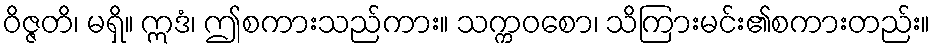
ဝိဇ္ဇတိ၊ မရှိ။ ဣဒံ၊ ဤစကားသည်ကား။ သက္ကဝစော၊ သိကြားမင်း၏စကားတည်း။